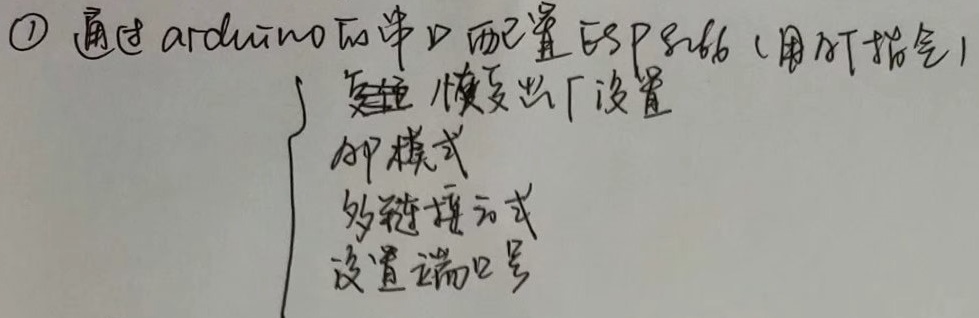
\textcircled{1} 通过arduino的串口配置ESP8266（用AT指令）
\[\begin{cases}
\text{复位 - 恢复出厂设置}\\
\text{AP模式}\\
\text{多连接模式}\\
\text{设置端口号}
\end{cases}\]